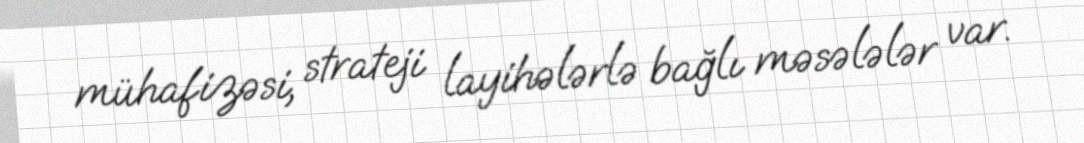
mühafizəsi, strateji layihələrlə bağlı məsələlər var.